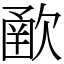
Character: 𣣻